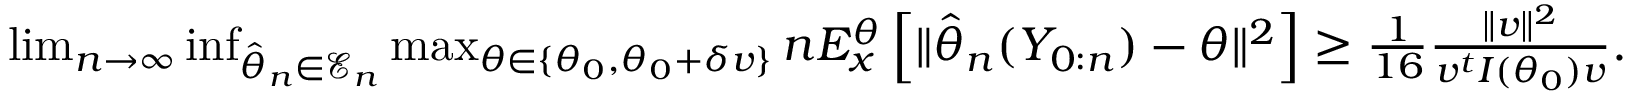
\begin{array} { r } { \operatorname* { l i m } _ { n \rightarrow \infty } \operatorname* { i n f } _ { \hat { \theta } _ { n } \in \mathcal { E } _ { n } } \operatorname* { m a x } _ { \theta \in \{ \theta _ { 0 } , \theta _ { 0 } + \delta v \} } n E _ { x } ^ { \theta } \left[ \Vert \hat { \theta } _ { n } ( Y _ { 0 : n } ) - \theta \Vert ^ { 2 } \right] \geq \frac { 1 } { 1 6 } \frac { \Vert v \Vert ^ { 2 } } { v ^ { t } I ( \theta _ { 0 } ) v } . } \end{array}